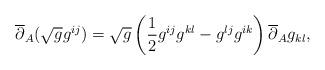
LaTeX: \begin{align*} \overline{\partial}_A(\sqrt{g} g^{ij} ) = \sqrt{g} \left(\frac{1}{2} g^{ij} g^{kl} - g^{lj} g^{ik} \right) \overline{\partial}_A g_{kl} , \end{align*}